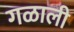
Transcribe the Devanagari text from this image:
गळाली